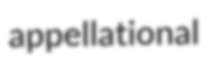
appellational